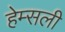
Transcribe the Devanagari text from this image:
हेम्सली